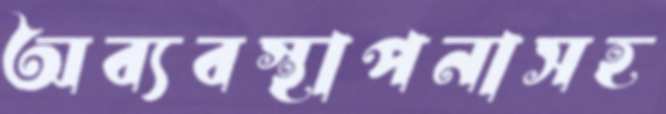
অব্যবস্থাপনাসহ